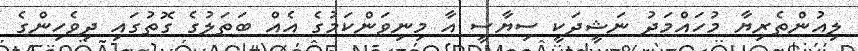
ލިއުންތެރިޔާ މުހައްމަދު ނަޝީދަކީ ސިޔާސީ އާ މިނިވަންކަމުގެ އެއް ބަތަލުގެ ގޮތުގައި ދިވެހިންގެ